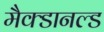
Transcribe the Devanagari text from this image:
मैक्डानल्ड